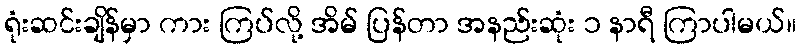
ရုံးဆင်းချိန်မှာ ကား ကြပ်လို့ အိမ် ပြန်တာ အနည်းဆုံး ၁ နာရီ ကြာပါမယ်။